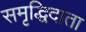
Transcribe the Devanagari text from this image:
समृद्धिदाता